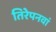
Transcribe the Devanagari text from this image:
तिरेपनवां